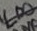
Text: LD0